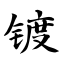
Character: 镀